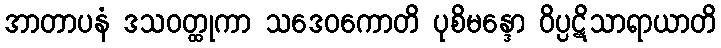
အာတာပနံ ဒသဝတ္ထုကာ သဒေဝကောတိ ပုစိမန္ဒော ဝိပ္ပဋိသာရာယာတိ